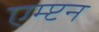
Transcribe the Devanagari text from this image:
एम्प्टन